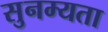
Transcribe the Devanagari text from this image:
सुनम्यता